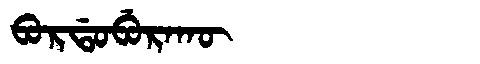
Manchu: ᠪᠣᡵᡩᠣᠪᡠᡵᠠᡴᡡ
Romanization: BORDOBURAKŪ